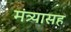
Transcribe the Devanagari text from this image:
मंत्र्यासह